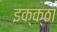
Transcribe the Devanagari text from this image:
इक्क्ठा